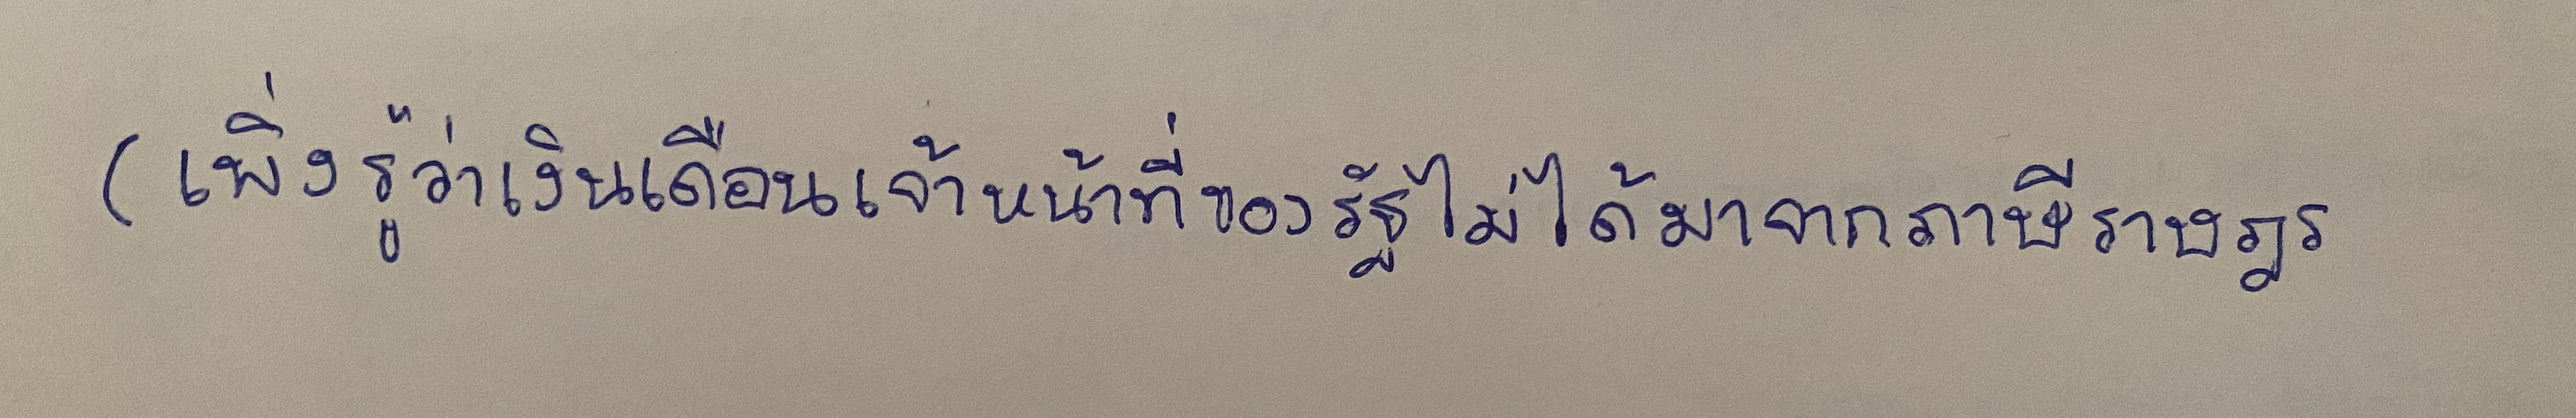
(เพิ่งรู้ว่าเงินเดือนเจ้าหน้าที่ของรัฐไม่ได้มาจากภาษีราษฎร